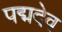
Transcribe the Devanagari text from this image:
पद्मदेव